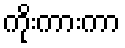
ကိုးကားကာ